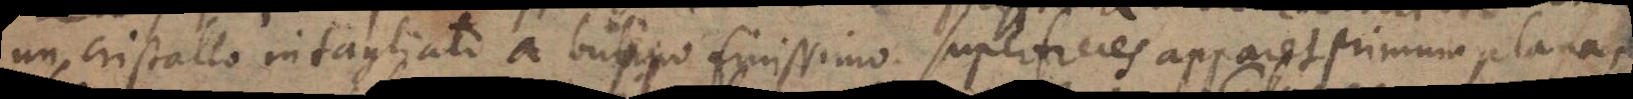
un cristallo intagliato a bulino finissimo. Superficies apparet primum plana,